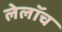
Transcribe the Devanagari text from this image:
लेलॉच